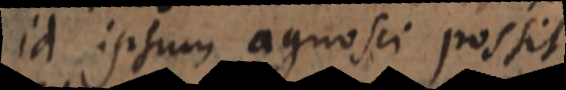
id ipsum agnosci possit.